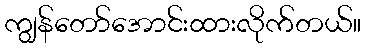
ကျွန်တော်အောင်းထားလိုက်တယ်။